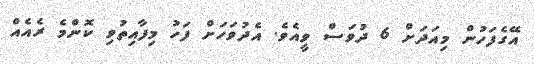
އޭގެފަހުން މިއަދަށް 6 ދުވަސް ވީއެވެ. އެދުވަހަށް ފަހު މިފާއިތުވި ކޮންމެ ރެއެއް